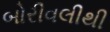
બોરીવલીથી